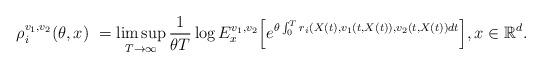
LaTeX: \begin{align*}\rho^{v_1, v_2}_i (\theta, x) \ = \limsup_{T \to \infty} \frac{1}{\theta T} \log E^{v_1, v_2}_x\Big[ e^{\theta \int^T_0 r_i(X(t), v_1(t,X(t)), v_2(t,X(t)) dt} \Big] , x \in \mathbb{R}^d.\end{align*}